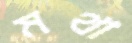
মথা